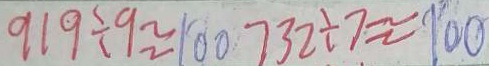
9 1 9 \div 9 \approx 1 0 0 7 3 2 \div 7 \approx 1 0 0